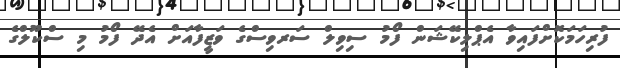
ފުރިހަމަކޮށްފައިވާ އެޕްލިކޭޝަން ފޯމު ސިވިލް ސަރވިސްގެ ވަޒީފާއަށް އެދޭ ފޯމު މި ސްކޫލްގެ